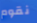
نقوم